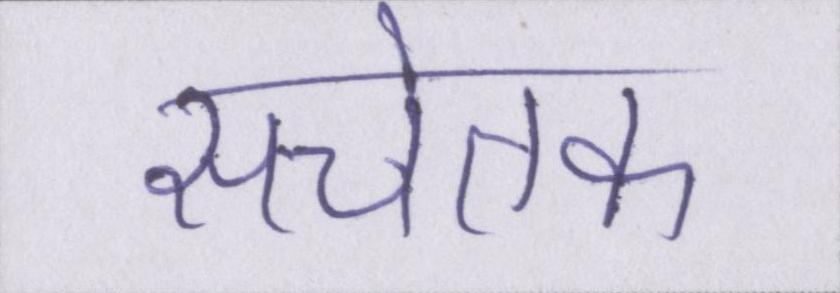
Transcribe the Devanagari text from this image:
सचेतक